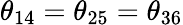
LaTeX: \theta_{14}=\theta_{25}=\theta_{36}